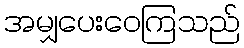
အမျှပေးဝေကြသည်